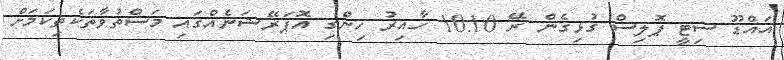
އައްޑޫ ސިޓީ ޕޮލިސް ގުޅިގެން ރޭ 10:10 ހާއިރު ހިންގި އޮޕަރޭޝަނެއްގައި މަސްތުވާތަކެތިކަމަށް